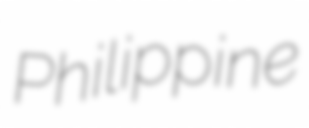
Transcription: Philippine